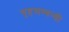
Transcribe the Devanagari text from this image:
गृहसम्बन्धी